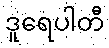
ဒူရေပါတီ